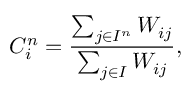
C _ { i } ^ { n } = \frac { \sum _ { j \in I ^ { n } } W _ { i j } } { \sum _ { j \in I } W _ { i j } } ,